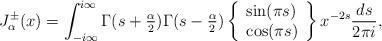
LaTeX: \begin{align*} J^{\pm}_\alpha(x) = \int_{-i\infty}^{i\infty} \Gamma(s+\tfrac{\alpha}{2})\Gamma(s-\tfrac{\alpha}{2}) \left\{\begin{array}{l} \sin(\pi s) \\ \cos(\pi s)\end{array} \right\}x^{-2s} \frac{ds}{2\pi i},\end{align*}